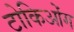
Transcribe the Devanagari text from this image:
टोकिओंग